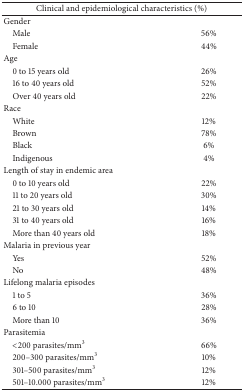
| <COLSPAN=2> Clinical and epidemiological characteristics (%) |
 | --- | --- |
 | Gender |  |
 | Male | 56% |
 | Female | 44% |
 | Age |  |
 | 0 to 15 years old | 26% |
 | 16 to 40 years old | 52% |
 | Over 40 years old | 22% |
 | Race |  |
 | White | 12% |
 | Brown | 78% |
 | Black | 6% |
 | Indigenous | 4% |
 | Length of stay in endemic area |  |
 | 0 to 10 years old | 22% |
 | 11 to 20 years old | 30% |
 | 21 to 30 years old | 14% |
 | 31 to 40 years old | 16% |
 | More than 40 years old | 18% |
 | Malaria in previous year |  |
 | Yes | 52% |
 | No | 48% |
 | Lifelong malaria episodes |  |
 | 1 to 5 | 36% |
 | 6 to 10 | 28% |
 | More than 10 | 36% |
 | Parasitemia |  |
 | <200 parasites/mm3 | 66% |
 | 200–300 parasites/mm3 | 10% |
 | 301–500 parasites/mm3 | 12% |
 | 501–10.000 parasites/mm3 | 12% |